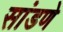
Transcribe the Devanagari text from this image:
सांडणे